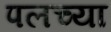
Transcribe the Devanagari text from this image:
पलच्या